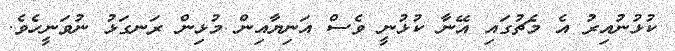
ކުޅުނުއިރު އެ މެޗުގައި އޭނާ ކުޅުނީ ވެސް އަނިޔާއިން މުޅިން ރަނގަޅު ނުވަނީހެވެ.